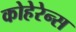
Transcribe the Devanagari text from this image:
कोहेरेन्स